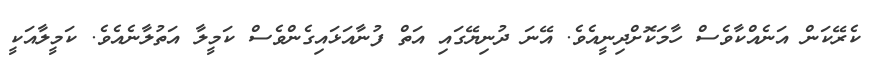
ކެރޭކަން އަނެއްކާވެސް ހާމަކޮށްދިނީއެވެ. އޭނަ ދުނިޔޭގައި އަތް ފުނާއަޅައިގެންވެސް ކަމީލާ އަތުލާނެއެވެ. ކަމީލާއަކީ